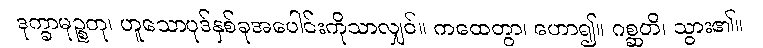
ဒုက္ခာမုဉ္စတု၊ ဟူသောပုဒ်နှစ်ခုအပေါင်းကိုသာလျှင်။ ကထေတွာ၊ ဟော၍။ ဂစ္ဆတိ၊ သွား၏။